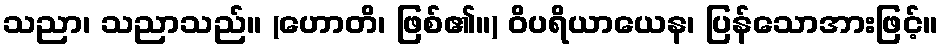
သညာ၊ သညာသည်။ (ဟောတိ၊ ဖြစ်၏။) ဝိပရိယာယေန၊ ပြန်သောအားဖြင့်။